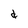
Character: d